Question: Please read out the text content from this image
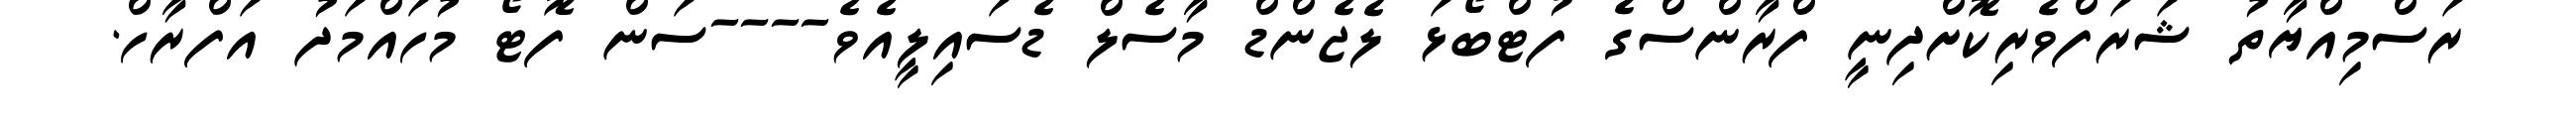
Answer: ރަސްމިއްޔާތު ޝަރަފްވެރިކޮށްދިނީ ފްރާންސްގެ ފުޓްބޯޅަ ލެޖެންޑް މާސެލް ޑެސައިލީއެވެ----ސަން ފޮޓޯ މުހައްމަދު އަފްރާހް.